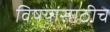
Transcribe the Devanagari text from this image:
विषयांसाठीच